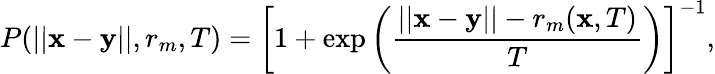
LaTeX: P(||\mathbf x-\mathbf y||,r_{m},T)=\left[1+\exp\left(\frac{||\mathbf x-\mathbf y||-r_{m}(\mathbf x,T)}{T}\right)\right]^{-1},